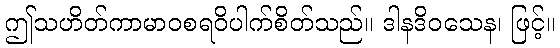
ဤသဟိတ်ကာမာဝစရဝိပါက်စိတ်သည်။ ဒါနဒိဝသေန၊ ဖြင့်။